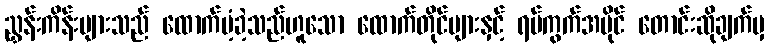
ညွှန်းကိန်းများသည် ထောက်ပံ့ခဲ့သည်ဟူသော ထောက်တိုင်များနှင့် ရပ်ကွက်အပိုင် တောင်းဆိုချက်မှ